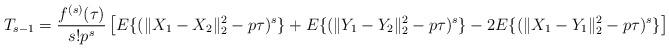
LaTeX: \begin{align*}T_{s-1}=\frac{f^{(s)}(\tau)}{s!p^{s}}\left[E\{(\|X_{1}-X_{2}\|_{2}^{2}-p\tau)^{s}\}+E\{(\|Y_{1}-Y_{2}\|_{2}^{2}-p\tau)^{s}\}-2E\{(\|X_{1}-Y_{1}\|_{2}^{2}-p\tau)^{s}\}\right]\end{align*}